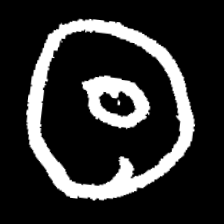
Pyu character \u2014 Myanmar letter: ထ (romanized: tha)